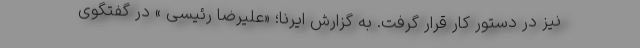
نیز در دستور کار قرار گرفت. به گزارش ایرنا؛ «علیرضا رئیسی » در گفتگوی